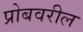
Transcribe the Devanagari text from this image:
प्रोबवरील